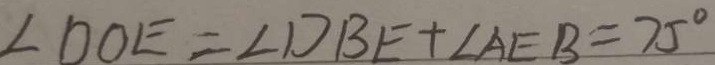
\angle D O E = \angle D B E + \angle A E B = 7 5 ^ { \circ }